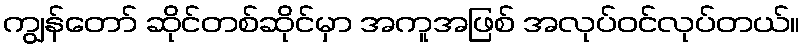
ကျွန်တော် ဆိုင်တစ်ဆိုင်မှာ အကူအဖြစ် အလုပ်ဝင်လုပ်တယ်။